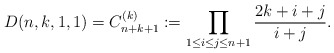
\begin{gather*}D(n,k,1,1)= C^{(k)}_{n+k+1}:= \prod_{1 \le i \le j \le n+1} {2k+i+j \over i+j} .\end{gather*}